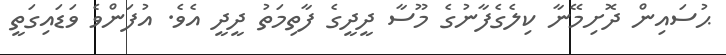
ޙުސައިން ދޮށިމޭނާ ކިލެގެފާނުގެ މޫސާ ދީދީގެ ފާތިމަތު ދީދީ އެވެ. އުފަންވެ ވަޑައިގަތީ